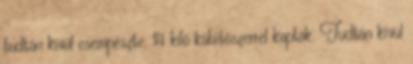
tudtán kívül csempészte. 14 kiló kábítószerrel kapták. Tudtán kívül